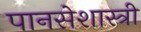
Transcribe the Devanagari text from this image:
पानसेशास्त्री